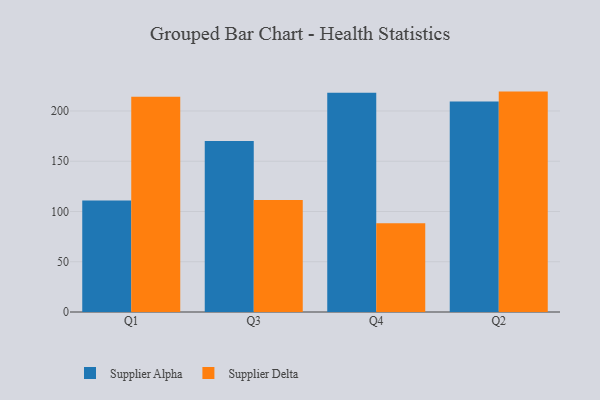
{"axis": {"x": "Quarter", "y": "Page Views"}, "legend": ["Supplier Alpha", "Supplier Delta"], "data": [{"x": "Q1", "y": 110.9, "type": "Supplier Alpha"}, {"x": "Q1", "y": 214.2, "type": "Supplier Delta"}, {"x": "Q3", "y": 170.1, "type": "Supplier Alpha"}, {"x": "Q3", "y": 111.4, "type": "Supplier Delta"}, {"x": "Q4", "y": 218.1, "type": "Supplier Alpha"}, {"x": "Q4", "y": 88.4, "type": "Supplier Delta"}, {"x": "Q2", "y": 209.5, "type": "Supplier Alpha"}, {"x": "Q2", "y": 219.3, "type": "Supplier Delta"}]}